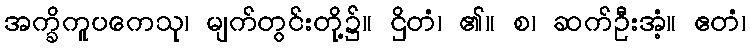
အက္ခိကူပကေသု၊ မျက်တွင်းတို့၌။ ဌိတံ၊ ၏။ စ၊ ဆက်ဦးအံ့။ ဧတံ၊